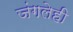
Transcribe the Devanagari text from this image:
जंगलेही